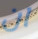
ان